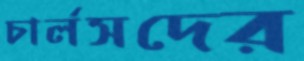
চার্লসদের